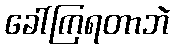
ခေါ်ကြရတာဘဲ